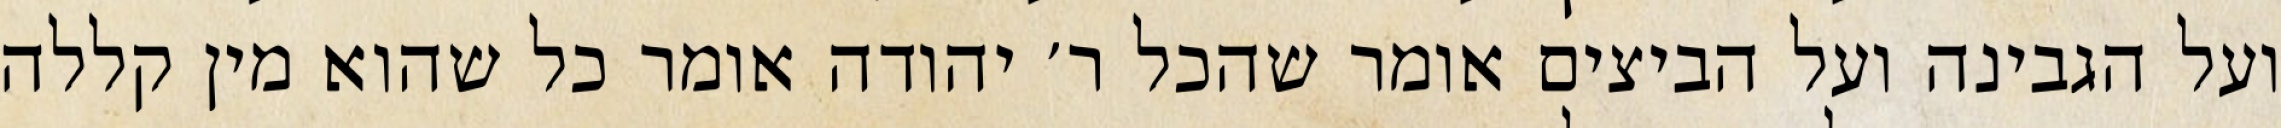
ועל הגבינה ועל הביצים אומר שהכל ר׳ יהודה אומר כל שהוא מין קללה